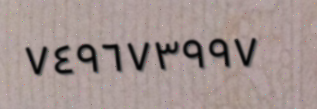
٧٤٩٦٧٣٩٩٧